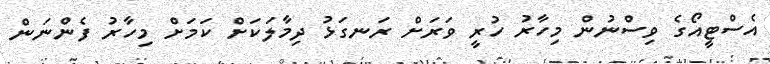
އެސްޓީއޯގެ ވިސްނުުން މިހާރު ހުރީ ވަރަށް ރަނގަޅު ދިމާލަކަށް ކަމަށް މިހާރު ފެންނަން